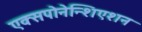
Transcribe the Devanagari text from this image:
एक्सपोनेन्शिएशन